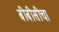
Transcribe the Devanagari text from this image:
बीबीसीचा